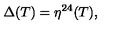
\Delta ( T ) = \eta ^ { 2 4 } ( T ) ,